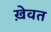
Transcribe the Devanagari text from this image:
ख़ेवत